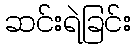
ဆင်းရဲခြင်း